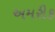
અમરીક